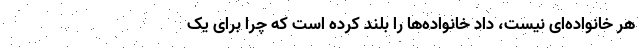
هر خانواده‌ای نیست، داد خانواده‌‌ها را بلند کرده است که چرا برای یک